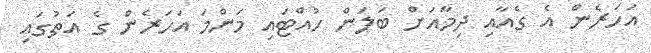
އަހަރެން އެ ގެއާއި ދިމާއަށް ބަލަން ހުއްޓައި މަންމަ އަހަރެން ގެ އަތުގައި